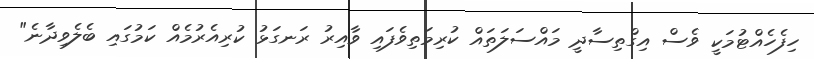
ހިފެހެއްޓުމަކީ ވެސް އިގްތިސާދީ މައްސަލަތައް ކުރިމަތިވެފައި ވާއިރު ރަނގަޅު ކުރިއެރުމެއް ކަމުގައި ބެލެވިދާނެ"